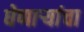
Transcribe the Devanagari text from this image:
घेणाऱ्यांचा